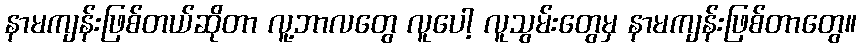
နာမကျန်းဖြစ်တယ်ဆိုတာ လူ့ဘာလတွေ လူပေါ့ လူသွမ်းတွေမှ နာမကျန်းဖြစ်တာတွေ။